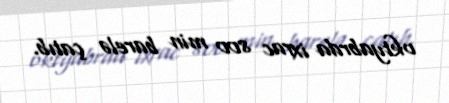
oktyabrda ixrac 800 min barelə çatıb.